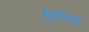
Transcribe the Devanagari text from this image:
मुबारक्